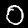
Digit: 0